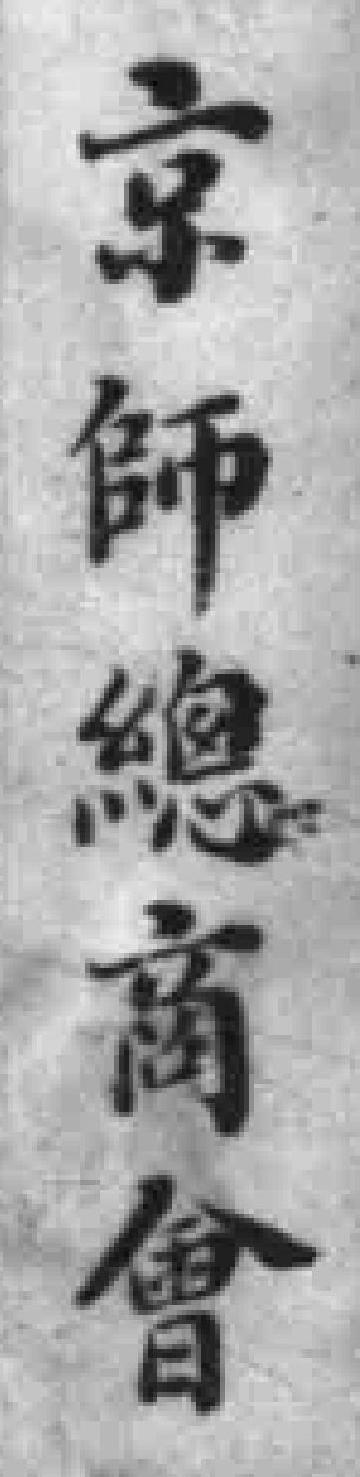
京師總商會